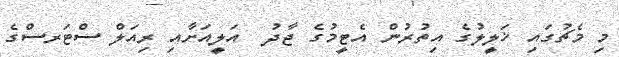
މި މެޗުގައި ޚަލީލުގެ އިތުރުން އެޓީމުގެ ޖާދު  އަލީއަށާއި ރިއަލް ސްޓަރސްގެ